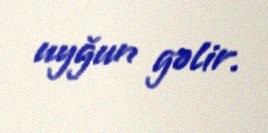
uyğun gəlir.